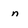
Character: n